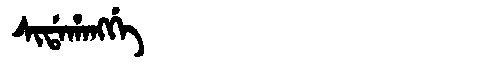
Manchu: ᠰᡳᡩᠠᡥᠠᠩᡤᡝ
Romanization: SIDAHANGGE